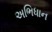
અભિધાન